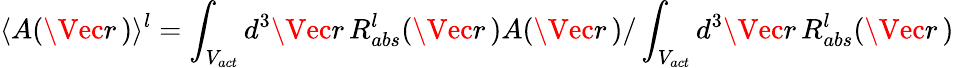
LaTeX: \langle A(\Vec{r}\, )\rangle_{}^{l}=\int_{V_{act}}d^{3}\Vec{r}\, R_{abs}^{l}(\Vec{r}\, )A(\Vec{r}\, )/\int_{V_{act}}d^{3}\Vec{r}\, R_{abs}^{l}(\Vec{r}\, )